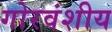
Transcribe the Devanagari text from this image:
गोरवंशीय